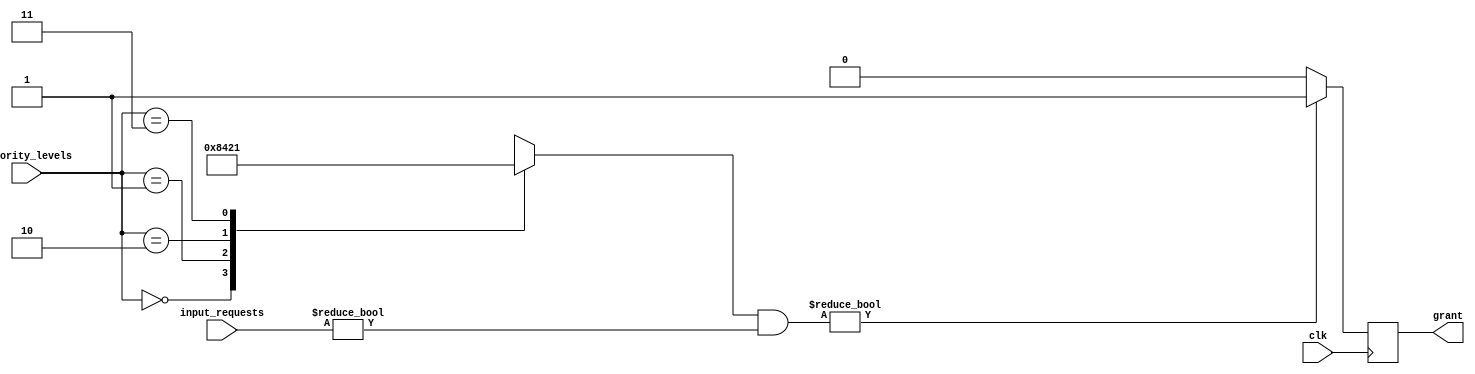
module weighted_arbiter(
    input wire [3:0] input_requests,
    input wire [1:0] priority_levels,
    input wire clk,
    output reg grant
);

reg [3:0] weights;

always @(*) begin
    case(priority_levels)
        2'b00: weights = 4'b1000;
        2'b01: weights = 4'b0100;
        2'b10: weights = 4'b0010;
        2'b11: weights = 4'b0001;
        default: weights = 4'b0000;
    endcase
end

always @(posedge clk) begin
    if(weights & input_requests != 0) begin
        grant <= 1'b1;
    end else begin
        grant <= 1'b0;
    end
end

endmodule